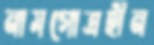
নামগোত্রহীন